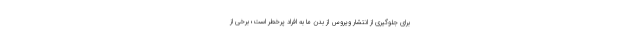
برای جلوگیری از انتشار ویروس از بدن ما به افراد پرخطر است؛ برخی از